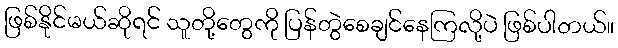
ဖြစ်နိုင်မယ်ဆိုရင် သူတို့တွေကို ပြန်တွဲစေချင်နေကြလို့ပဲ ဖြစ်ပါတယ်။